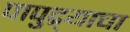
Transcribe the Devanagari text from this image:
पापुद्र्याचा